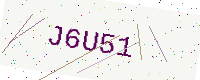
Text: J6U51